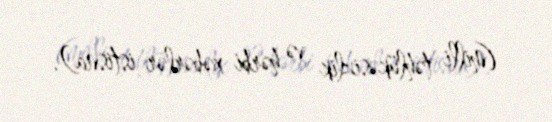
(milli təhlükəsizlik və hərbi xəbərlər istisna).